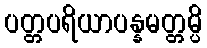
ပတ္တပရိယာပန္နမတ္တမ္ပိ